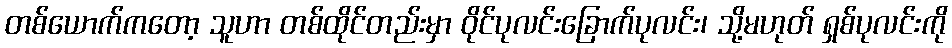
တစ်ယောက်ကတော့ သူဟာ တစ်ထိုင်တည်းမှာ ဝိုင်ပုလင်းခြောက်ပုလင်း၊ သို့မဟုတ် ရှစ်ပုလင်းကို